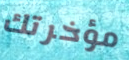
مؤخرتك